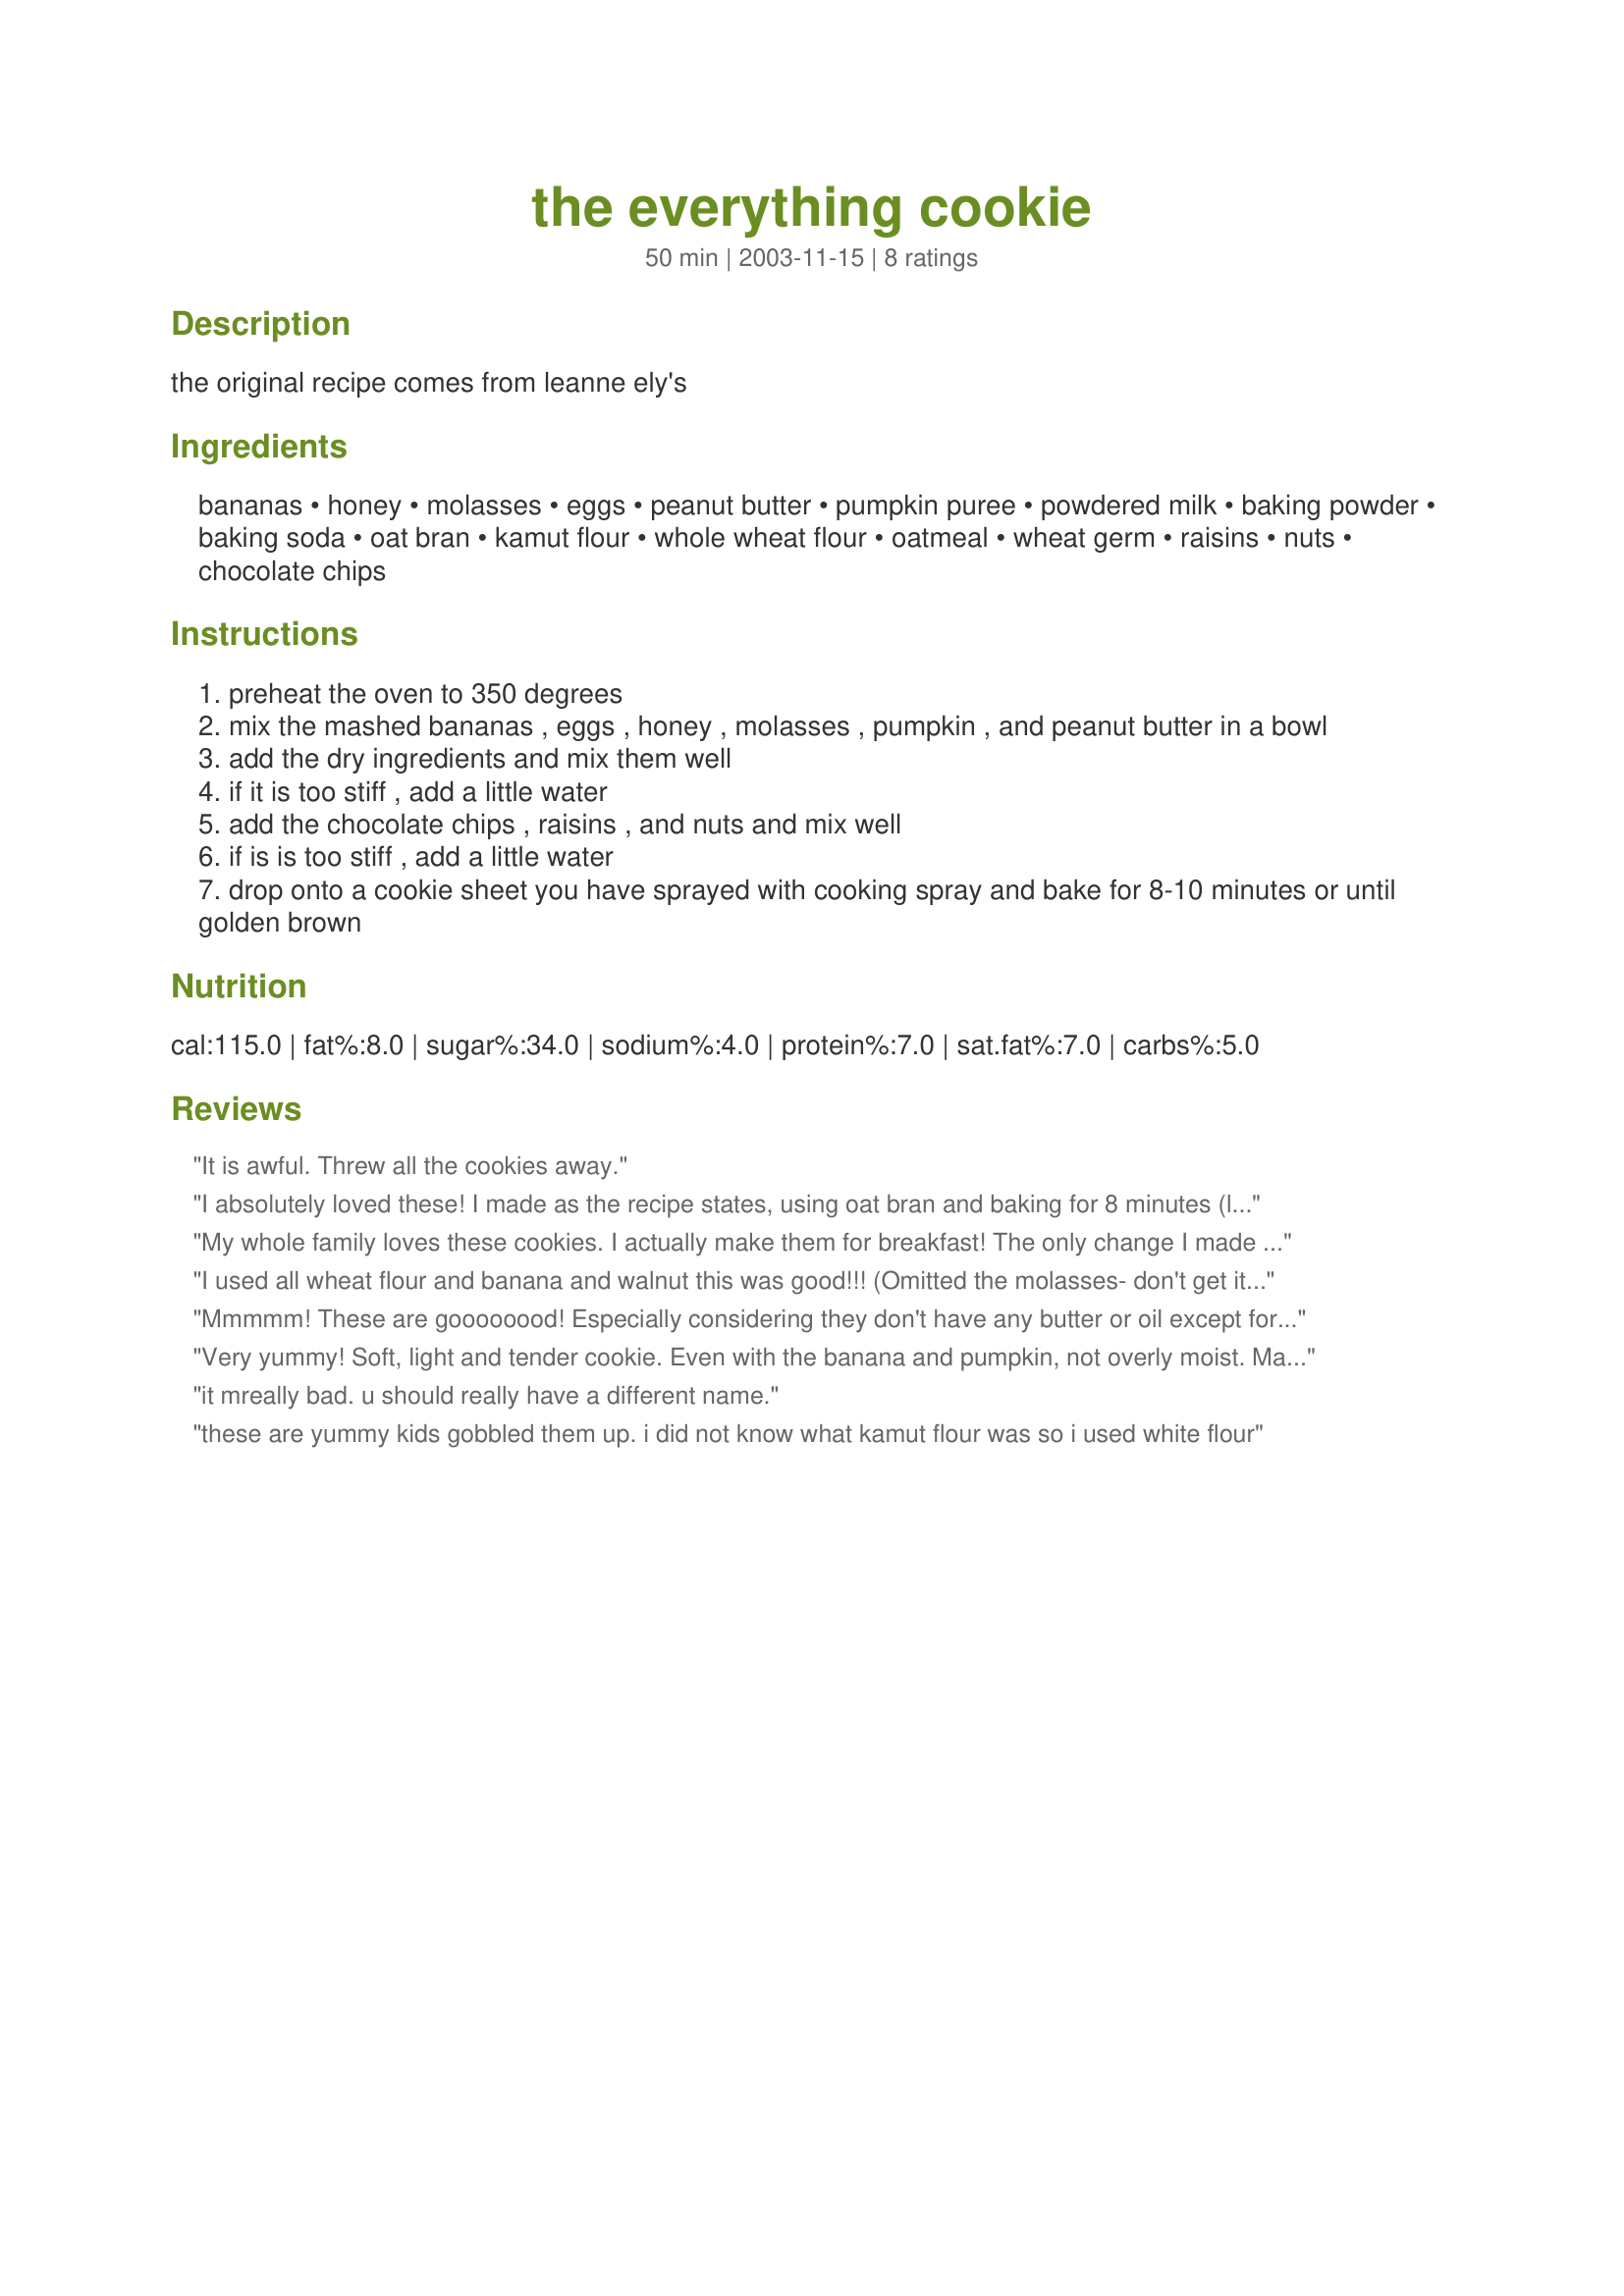
the everything cookie
Preparation time: 50 minutes

the original recipe comes from leanne ely's

Ingredients:
bananas, honey, molasses, eggs, peanut butter, pumpkin puree, powdered milk, baking powder, baking soda, oat bran, kamut flour, whole wheat flour, oatmeal, wheat germ, raisins, nuts, chocolate chips

Steps:
preheat the oven to 350 degrees
mix the mashed bananas , eggs , honey , molasses , pumpkin , and peanut butter in a bowl
add the dry ingredients and mix them well
if it is too stiff , add a little water
add the chocolate chips , raisins , and nuts and mix well
if is is too stiff , add a little water
drop onto a cookie sheet you have sprayed with cooking spray and bake for 8-10 minutes or until golden brown

Reviews:
It is awful. Threw all the cookies away.
I absolutely loved these! I made as the recipe states, using oat bran and baking for 8 minutes (longer would have overbaked). Don't be thrown by wet looking batter; everything turns out great. Next time I may use some pureed dates instead of honey.
My whole family loves these cookies. I actually make them for breakfast! The only change I made was to substitute shredded coconut for raisins, but that's just what we prefer. YUMMY!!! I like to use my ice cream scoop to plop these onto my parchment lined cookie sheets. I usually get about 16. Then bake both sheets for 9 minutes, rotate them and bake another 9 minutes. They're perfect every time!
I used all wheat flour and banana and walnut this was good!!! (Omitted the molasses- don't get it) I will be making this again definitely with the pumpkin and also the other flours. Except kamut (dunno what that is)!
Thank you!!! :) Fay
Mmmmm! These are goooooood! Especially considering they don't have any butter or oil except for the peanut butter. I made the recipe as stated, except I used wheat bran rather than the oat bran and applesauce rather than pumpkin puree, both of which ladypit OKed before-hand. Worked wonderfully! I had no problems with the dough being too thick- I thought it might even be a tad too thin, but I think this may be because of my substitution of applesauce. I added a tad more kamut flour to compensate and thicken in up a bit (about 2 Tbs or less) which worked well. These are very puffy and cake-like. I used just short of half a cup each of sunflower seeds and walnuts and a couple Tbs each (to top off) of sliced almonds and pecans. These don't have a terribly strong banana or peanut butter flavor, which is good, I was a little concerned they would be overwhelmingly flavored with one or the other- but although you can taste the peanut butter and banana, it is definitely not a strong flavor. These really are "everything" cookies! I was making BF bring me the ingredients and he kept asking me "What is IN these cookies?" To which, I answered (and who could resist?), "Everything!" I like that these are easy to throw together using just one bowl. These certainly don't TASTE like they're good for you (but they are!) and who doesn't love a recipe like that. I can't wait to make these again and try some variations like using other dried fruits, different kind of chips, adding some spices or substituting some of the honey with more molasses. These are terrific! Thank you for posting!
Very yummy! Soft, light and tender cookie. Even with the banana and pumpkin, not overly moist. Made as directed but this would be a great recipe to change around, too, with different dried fruits or chips. I love a healthy cookie but it's hard to find one that tastes good, too. This one fits the bill! Thanks, ladypit, for sharing the recipe!
it mreally bad. u should really have 
a different name.
these are yummy kids gobbled them up. i did not know what kamut flour was so i used white flour
